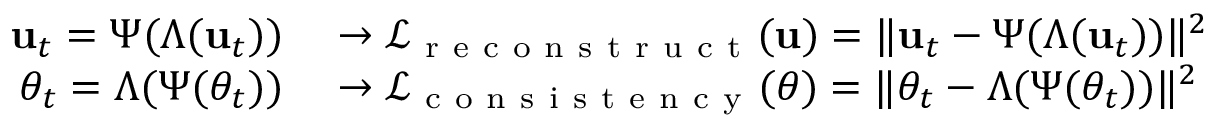
\begin{array} { r l } { \mathbf { u } _ { t } = \Psi ( \Lambda ( \mathbf { u } _ { t } ) ) } & { { } \rightarrow \mathcal { L } _ { \mathrm { ~ r ~ e ~ c ~ o ~ n ~ s ~ t ~ r ~ u ~ c ~ t ~ } } ( \mathbf { u } ) = \| \mathbf { u } _ { t } - \Psi ( \Lambda ( \mathbf { u } _ { t } ) ) \| ^ { 2 } } \\ { \theta _ { t } = \Lambda ( \Psi ( \theta _ { t } ) ) } & { { } \rightarrow \mathcal { L } _ { \mathrm { ~ c ~ o ~ n ~ s ~ i ~ s ~ t ~ e ~ n ~ c ~ y ~ } } ( \theta ) = \| \theta _ { t } - \Lambda ( \Psi ( \theta _ { t } ) ) \| ^ { 2 } } \end{array}